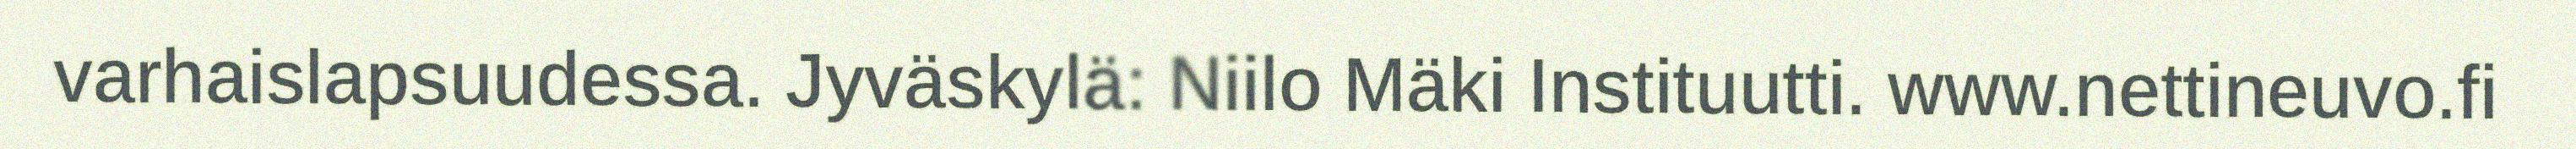
varhaislapsuudessa. Jyväskylä: Niilo Mäki Instituutti. www.nettineuvo.fi